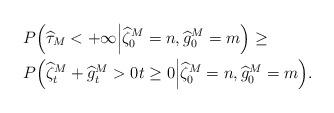
LaTeX: \begin{align*}&P\Big(\widehat{\tau}_M<+\infty\Big|\widehat{\zeta}_0^M=n, \widehat{g}_0^M=m\Big)\geq \\&P\Big(\widehat{\zeta}_t^M+\widehat{g}_t^M>0t\geq 0\Big|\widehat{\zeta}_0^M=n, \widehat{g}_0^M=m\Big). \end{align*}